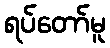
ရပ်တော်မူ